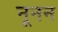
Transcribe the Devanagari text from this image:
नूनन